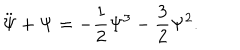
\ddot { \Psi } + \Psi = - \frac { 1 } { 2 } \Psi ^ { 3 } - \frac { 3 } { 2 } \Psi ^ { 2 } .